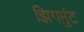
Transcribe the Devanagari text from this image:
झिगमुंट